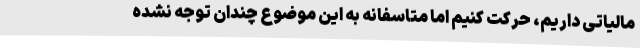
مالیاتی داریم، حرکت کنیم اما متاسفانه به این موضوع چندان توجه نشده